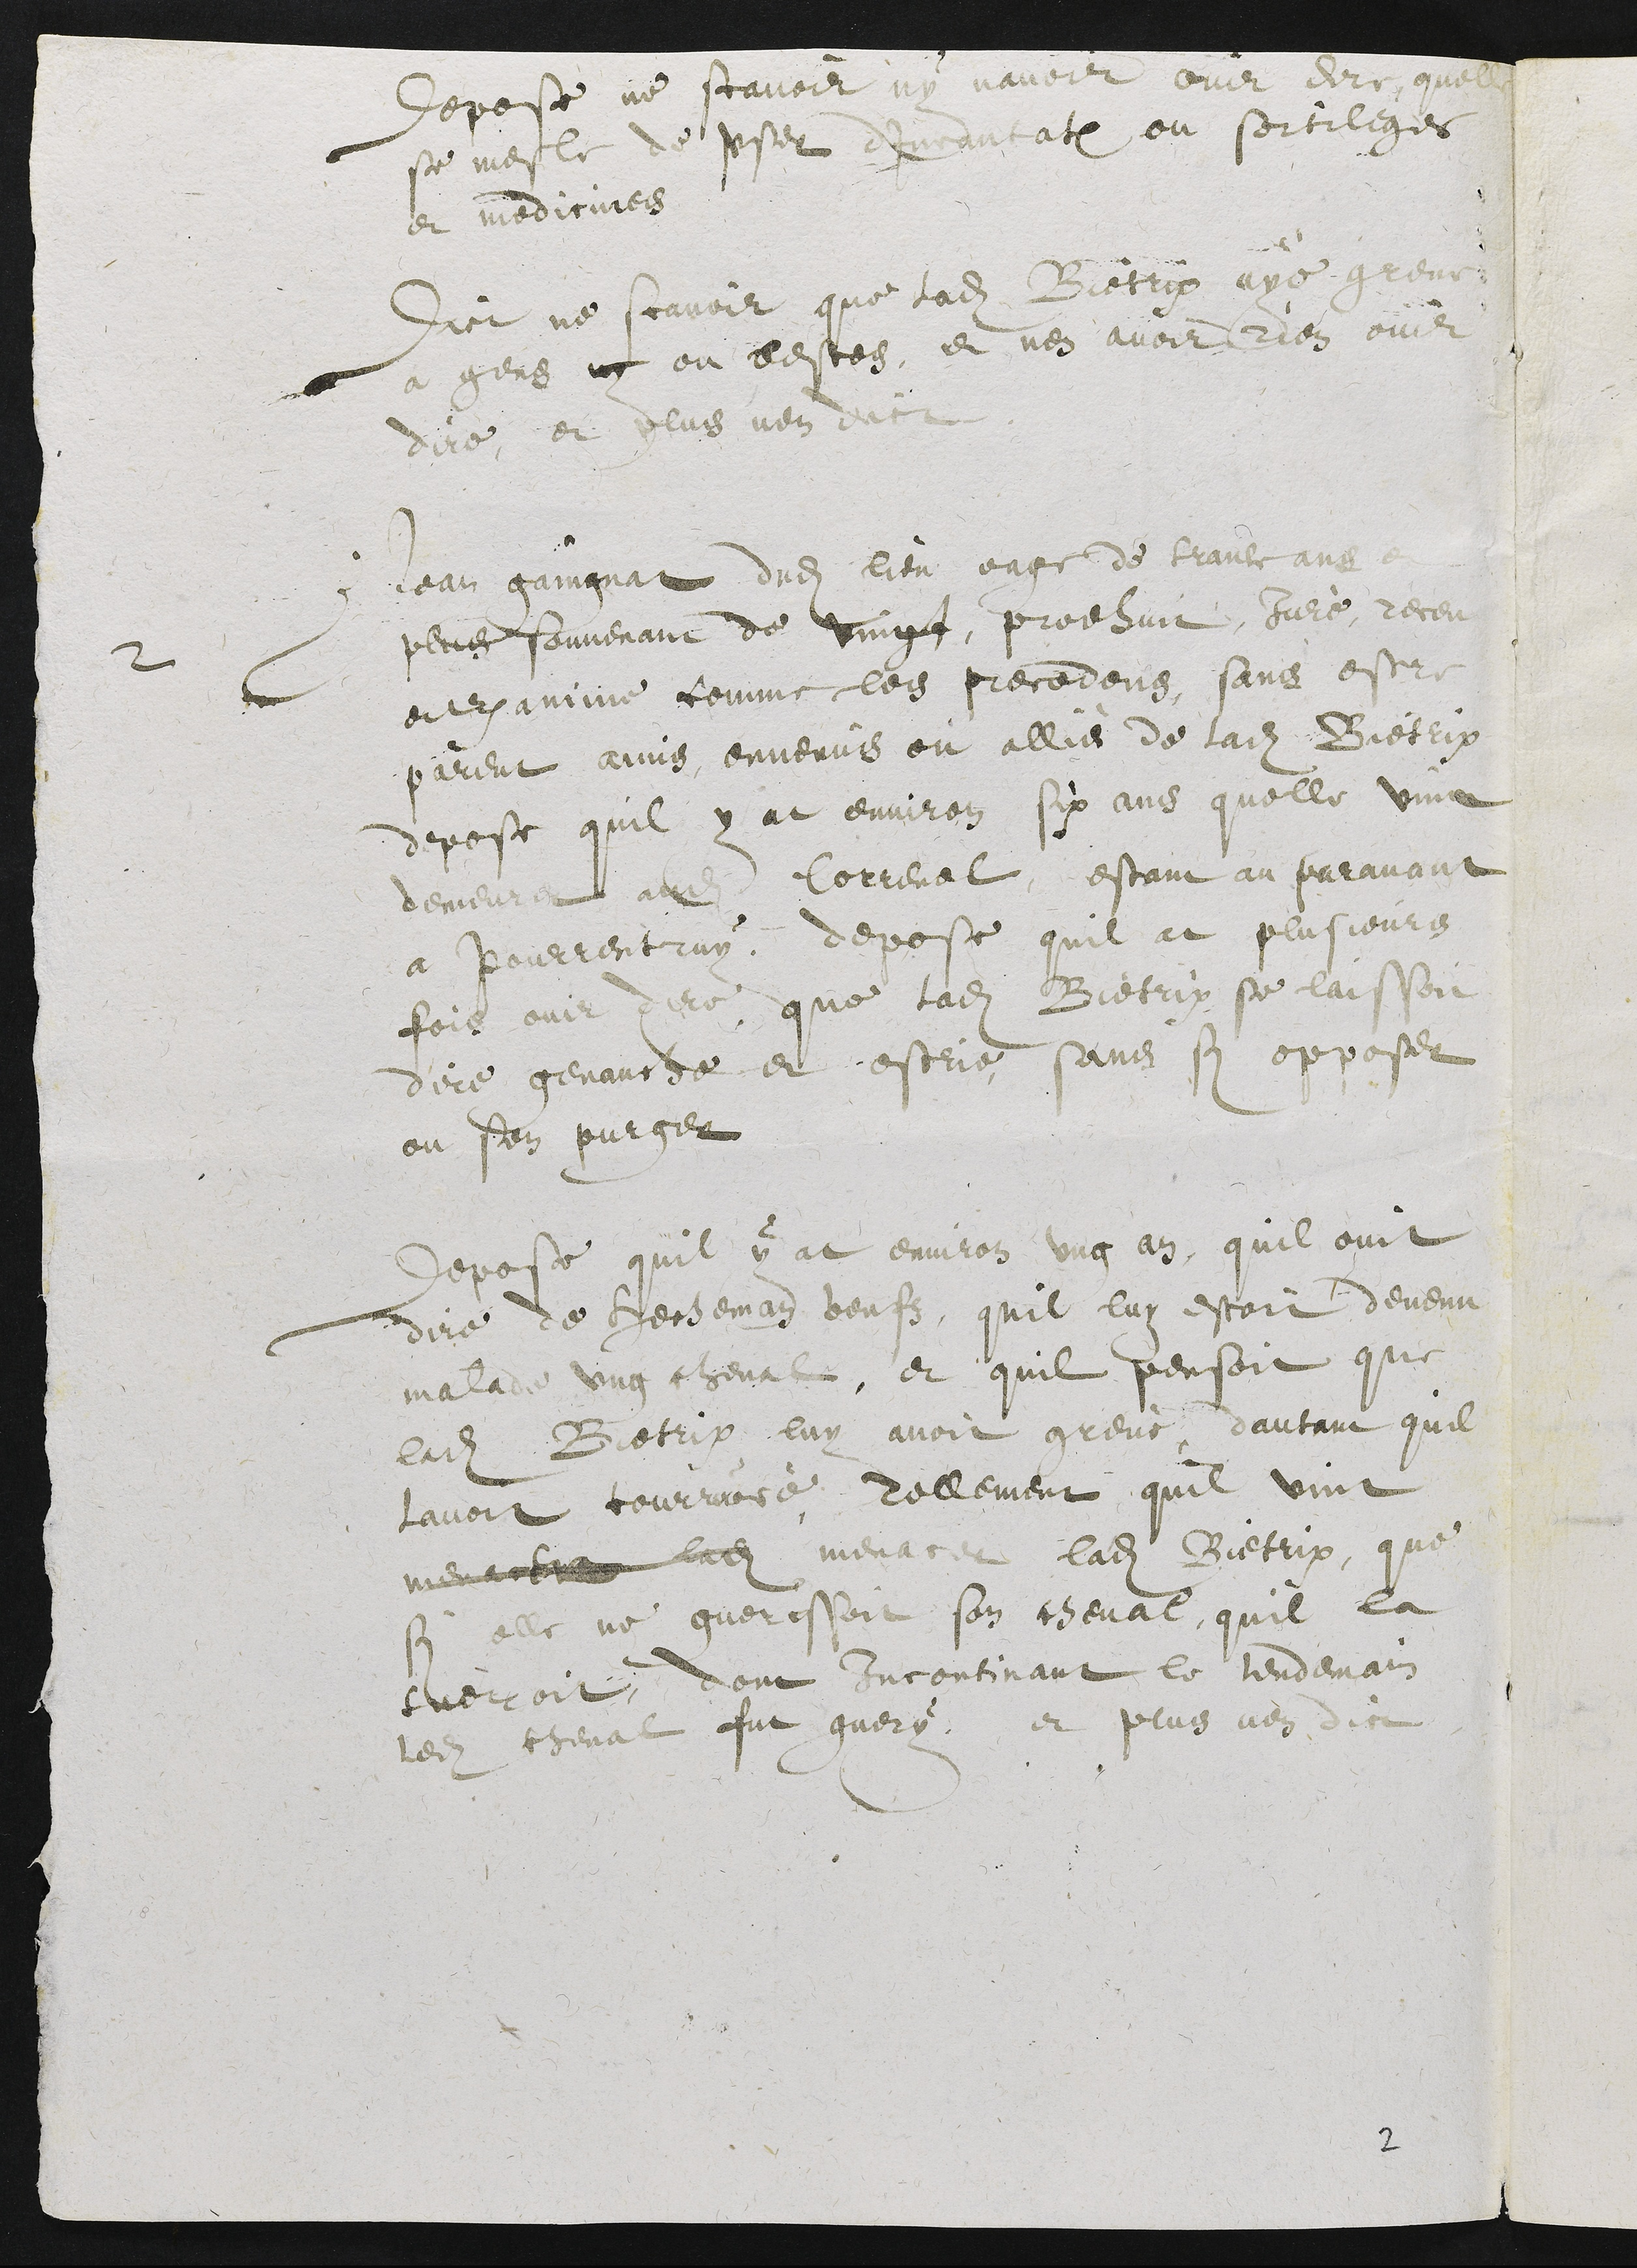
depose ne savoir ny avoir ouir dire quelle
se mesle de user d'Incantation ou sortileges
et medicines
Dict ne scavoir que ladite Bietrix aye greve
a gens ny ou bestes, et nen avoir rien ouir
dire et plus nen dict
2 Jean gaingnat dudit lieu eage de trante et
plus souvenant de vingt, prodhuit Juré receu
examine comme les precedens, sans estre
parent ains ennemis ou allié de ladite Bietrix
depose quil y at environ six ans quelle vint
demeurer audit Correnol, estant au paravant
a Pourrentruy, depose quil at plusieurs
fois ouir dire que ladite Bietrix se laissoit
dire genauche et estrie, sans sy opposer
ou sen purger
Depose quil y at environ ung an, quil ouit
dire de Hecheman beufs, quil luy estoit devenu
malade ung cheval, et quil pensoit que
ladite Bietrix luy avoit grevé, dautant quil
lavoit courroucé, Tellement quil vint
menacer ladite menacer ladite Bietrix, que
si elle ne guerissoit son cheval, quil la
tueroit, dont Incontinant le lendemain
ledit cheval fut guery, et plus nen dict

2